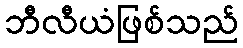
ဘီလီယံဖြစ်သည်